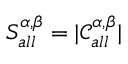
\displaystyle S _ { a l l } ^ { \alpha , \beta } = | \mathcal { C } _ { a l l } ^ { \alpha , \beta } |